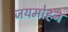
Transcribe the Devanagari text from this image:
जयमोहन